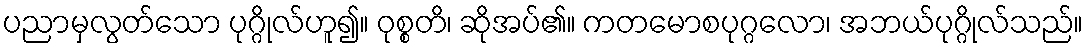
ပညာမှလွတ်သော ပုဂ္ဂိုလ်ဟူ၍။ ဝုစ္စတိ၊ ဆိုအပ်၏။ ကတမောစပုဂ္ဂလော၊ အဘယ်ပုဂ္ဂိုလ်သည်။